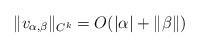
LaTeX: \begin{align*}\Vert v_{\alpha, \beta}\Vert_{C^{k}}=O(\vert \alpha \vert +\Vert \beta \Vert) \end{align*}